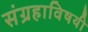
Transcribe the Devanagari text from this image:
संग्रहाविषयी